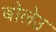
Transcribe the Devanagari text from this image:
बोलेउ